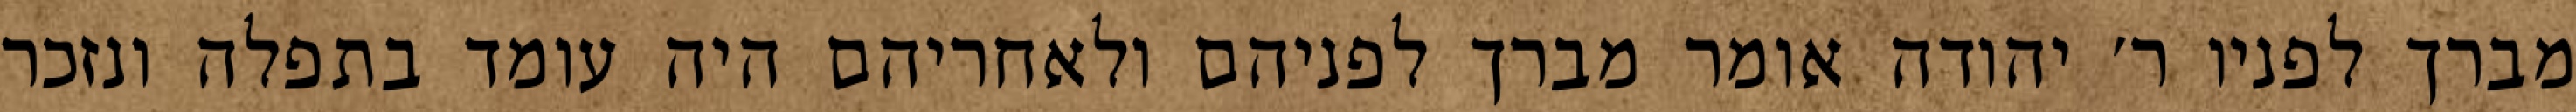
מברך לפניו ר׳ יהודה אומר מברך לפניהם ולאחריהם היה עומד בתפלה ונזכר